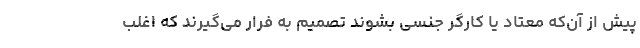
پیش از آن‌که معتاد یا کارگر جنسی بشوند تصمیم به فرار می‌گیرند که اغلب